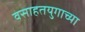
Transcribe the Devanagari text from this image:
वसाहतयुगाच्या